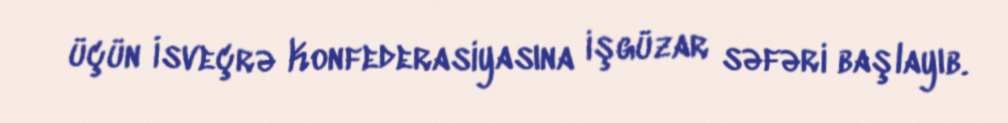
üçün İsveçrə Konfederasiyasına işgüzar səfəri başlayıb.